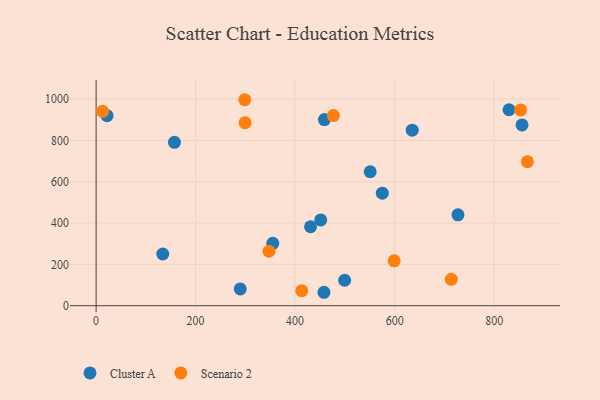
{"axis": {"x": "Investment", "y": "Fuel Efficiency"}, "legend": ["Cluster A", "Scenario 2"], "data": [{"x": "575.2", "y": 544.5, "type": "Cluster A"}, {"x": "134.0", "y": 250.2, "type": "Cluster A"}, {"x": "727.3", "y": 439.8, "type": "Cluster A"}, {"x": "22.0", "y": 919.6, "type": "Cluster A"}, {"x": "451.5", "y": 415.3, "type": "Cluster A"}, {"x": "157.5", "y": 790.8, "type": "Cluster A"}, {"x": "499.5", "y": 123.2, "type": "Cluster A"}, {"x": "829.9", "y": 948.4, "type": "Cluster A"}, {"x": "458.8", "y": 901.0, "type": "Cluster A"}, {"x": "635.3", "y": 849.3, "type": "Cluster A"}, {"x": "550.9", "y": 648.3, "type": "Cluster A"}, {"x": "856.1", "y": 874.7, "type": "Cluster A"}, {"x": "355.1", "y": 302.1, "type": "Cluster A"}, {"x": "289.7", "y": 81.1, "type": "Cluster A"}, {"x": "457.9", "y": 65.0, "type": "Cluster A"}, {"x": "431.0", "y": 382.2, "type": "Cluster A"}, {"x": "13.1", "y": 940.8, "type": "Scenario 2"}, {"x": "713.8", "y": 127.9, "type": "Scenario 2"}, {"x": "413.3", "y": 72.5, "type": "Scenario 2"}, {"x": "866.8", "y": 696.9, "type": "Scenario 2"}, {"x": "299.4", "y": 886.0, "type": "Scenario 2"}, {"x": "599.1", "y": 217.2, "type": "Scenario 2"}, {"x": "298.8", "y": 996.9, "type": "Scenario 2"}, {"x": "477.0", "y": 920.1, "type": "Scenario 2"}, {"x": "347.5", "y": 263.5, "type": "Scenario 2"}, {"x": "853.2", "y": 947.7, "type": "Scenario 2"}]}